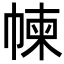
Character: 𢃿